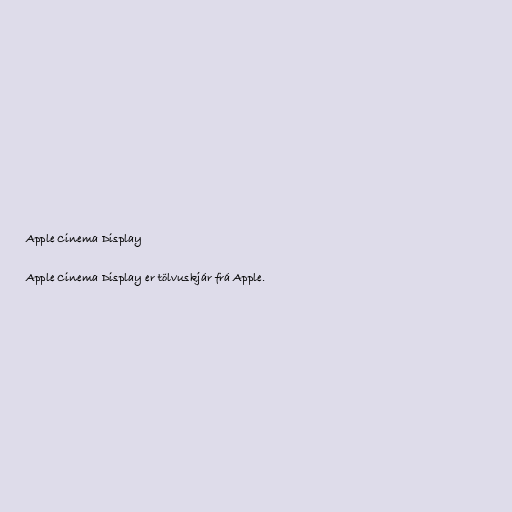
Apple Cinema Display

Apple Cinema Display er tölvuskjár frá Apple.